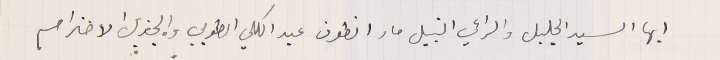
ايها السيد الجليل والراعي النبيل مار انطون عبد الكلي الطوبي والجزيل الاحترام